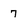
Character: 7